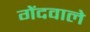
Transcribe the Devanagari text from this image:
गेंदवाले